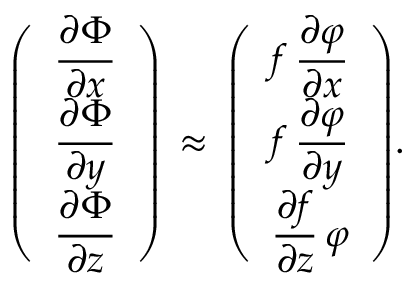
{ \left( \begin{array} { l } { \displaystyle { \frac { \partial \Phi } { \partial { x } } } } \\ { \displaystyle { \frac { \partial \Phi } { \partial { y } } } } \\ { \displaystyle { \frac { \partial \Phi } { \partial { z } } } } \end{array} \right) } \, \approx \, { \left( \begin{array} { l } { \displaystyle f \, { \frac { \partial \varphi } { \partial { x } } } } \\ { \displaystyle f \, { \frac { \partial \varphi } { \partial { y } } } } \\ { \displaystyle { \frac { \partial { f } } { \partial { z } } } \, \varphi } \end{array} \right) } .